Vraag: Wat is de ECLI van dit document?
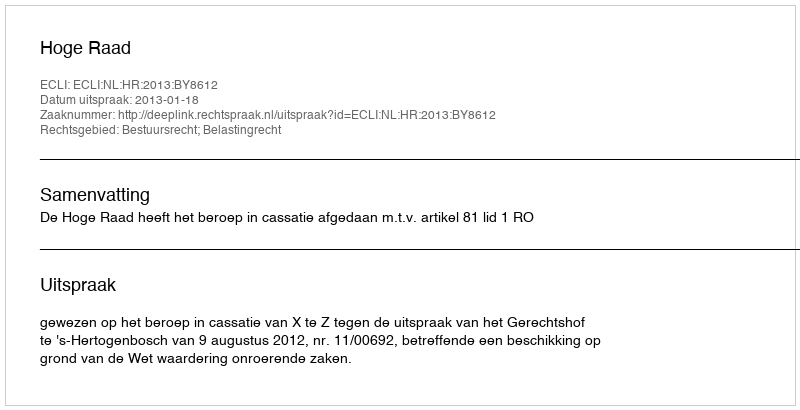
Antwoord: ECLI:NL:HR:2013:BY8612